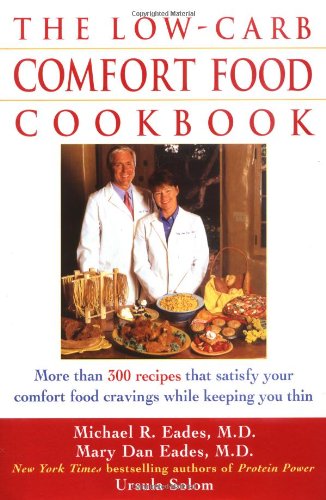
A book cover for The Low-Carb Comfort Food Cookbook; Michael R. Eades; Cookbooks, Food & Wine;